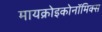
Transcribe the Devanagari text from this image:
मायक्रोइकोनॉमिक्स